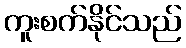
ကူးစက်နိုင်သည်